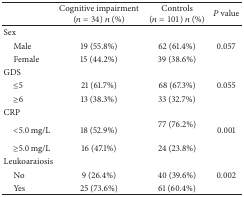
<table><thead><tr><td><b> </b></td><td><b>Cognitive impairment (<i>n</i> = 34) <i>n</i> (%)</b></td><td><b>Controls (<i>n</i> = 101) <i>n</i> (%)</b></td><td><b><i>P</i> value</b></td></tr></thead><tbody><tr><td>Sex</td><td> </td><td> </td><td> </td></tr><tr><td> Male</td><td>19 (55.8%)</td><td>62 (61.4%)</td><td>0.057</td></tr><tr><td> Female</td><td>15 (44.2%)</td><td>39 (38.6%)</td><td> </td></tr><tr><td>GDS</td><td> </td><td> </td><td> </td></tr><tr><td> ≤5</td><td>21 (61.7%)</td><td>68 (67.3%)</td><td>0.055</td></tr><tr><td> ≥6</td><td>13 (38.3%)</td><td>33 (32.7%)</td><td> </td></tr><tr><td>CRP</td><td> </td><td> </td><td> </td></tr><tr><td> &lt;5.0 mg/L </td><td>18 (52.9%)</td><td>77 (76.2%)</td><td>0.001</td></tr><tr><td> ≥5.0 mg/L </td><td>16 (47.1%)</td><td>24 (23.8%)</td><td> </td></tr><tr><td>Leukoaraiosis</td><td> </td><td> </td><td> </td></tr><tr><td> No</td><td>9 (26.4%)</td><td>40 (39.6%)</td><td>0.002</td></tr><tr><td> Yes</td><td>25 (73.6%)</td><td>61 (60.4%)</td><td> </td></tr></tbody></table>